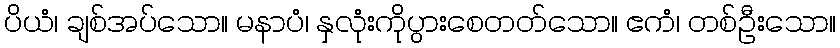
ပိယံ၊ ချစ်အပ်သော။ မနာပံ၊ နှလုံးကိုပွားစေတတ်သော။ ဧကံ၊ တစ်ဦးသော။